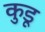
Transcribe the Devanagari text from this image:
कुडू